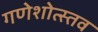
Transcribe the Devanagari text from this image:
गणेशोत्स्तव